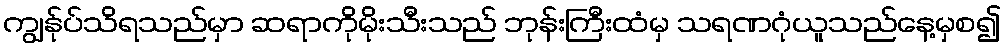
ကျွန်ုပ်သိရသည်မှာ ဆရာကိုမိုးသီးသည် ဘုန်းကြီးထံမှ သရဏဂုံယူသည်နေ့မှစ၍